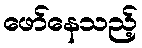
ဖော်နေသည့်